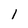
Character: l